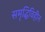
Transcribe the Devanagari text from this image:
समृद्धिविहीन